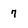
Character: 7